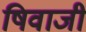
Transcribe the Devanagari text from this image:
षिवाजी